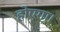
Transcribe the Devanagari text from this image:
होएगा।